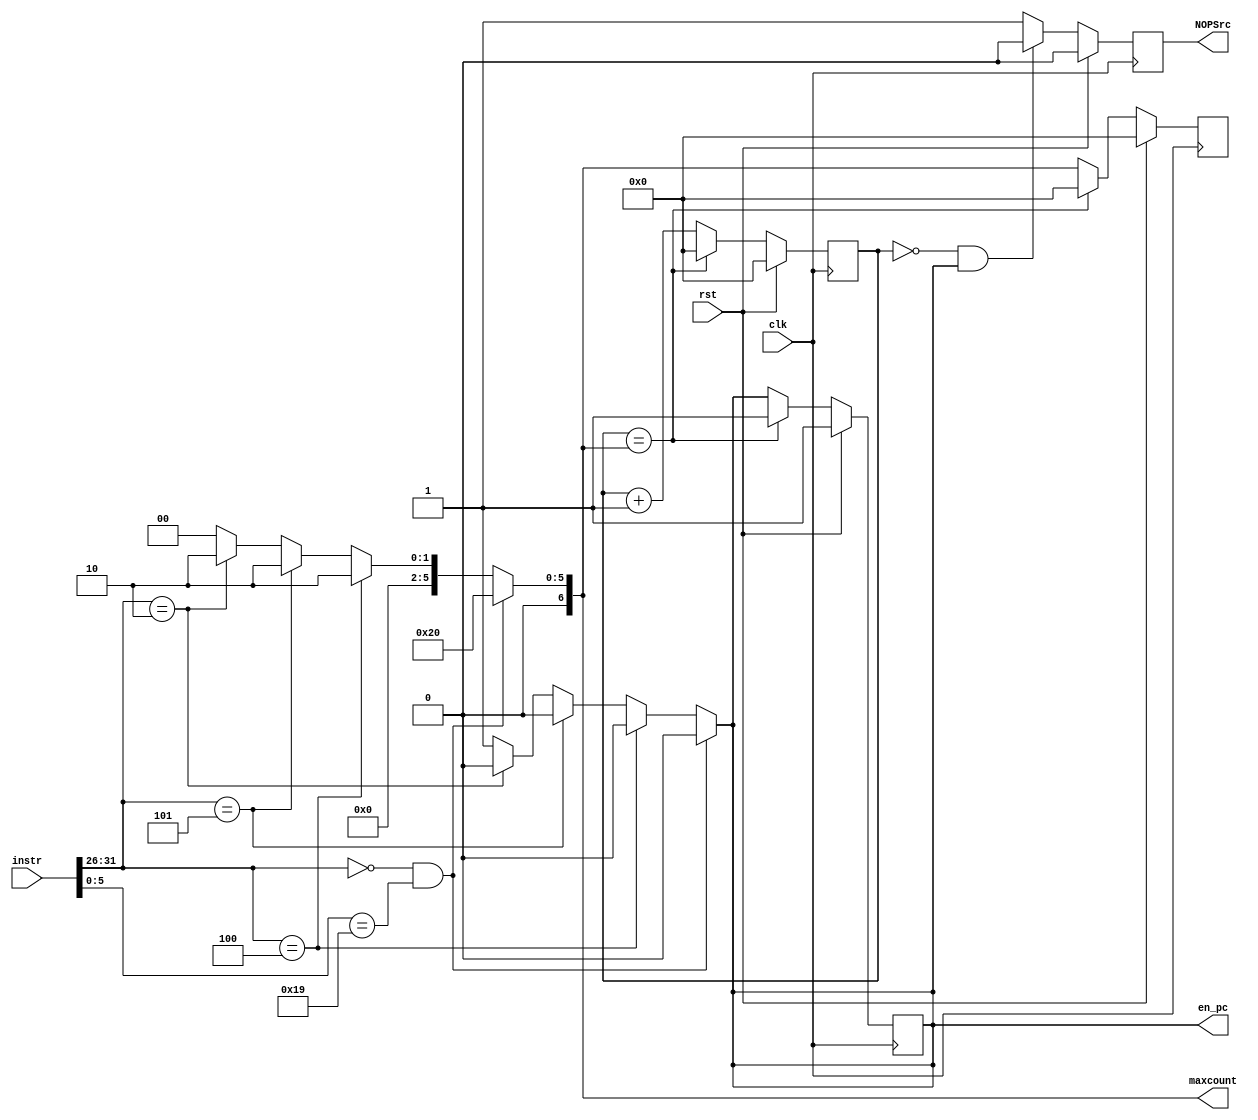
module nop_detector( clk, rst, instr, en_pc, NOPSrc, maxcount );
	input clk, rst;
	input [31:0] instr;
	output reg en_pc, NOPSrc;
	output reg [6:0] maxcount;
	
	reg [6:0] counter;
	
	always @ ( instr ) begin
		
        if ( instr[31:26] == 6'd0 && instr[5:0] == 6'd25 ) begin
            maxcount <= 32;
	        en_pc <= 0;
        end
        else if ( instr[31:26] == 6'd4 ) begin
            maxcount <= 2;
	        en_pc <= 0;
        end
        else if ( instr[31:26] == 6'd5 ) begin
            maxcount <= 2;
	        en_pc <= 0;
        end
        else if ( instr[31:26] == 6'd2 ) begin
            maxcount <= 2;
	        en_pc <= 0;
        end
        else begin
		  maxcount <= 0;	
	      en_pc <= 1;
        end		
	end
	
	always @ ( posedge clk ) begin
	    if ( rst ) begin
	        counter <= 0;
	   	    maxcount <= 0;
			en_pc <= 1;
			NOPSrc <= 0;
			
	    end
	    else begin
		    if ( counter == 1'b0 && en_pc == 1'b1 ) NOPSrc <= 0;
			else NOPSrc <= 1;
			
	        counter <= counter + 1;
	        if ( counter == maxcount ) begin
	          en_pc <= 1;
		      counter <= 0;
			  maxcount <= 0;
	        end	
	    end	
	end


endmodule